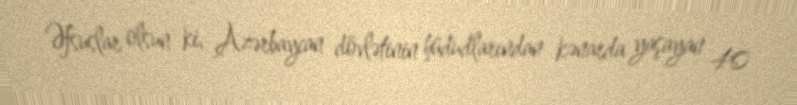
Əfsuslar olsun ki, Azərbaycan dövlətinin hüdudlarından kənarda yaşayan 40